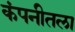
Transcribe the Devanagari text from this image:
कंपनीतला